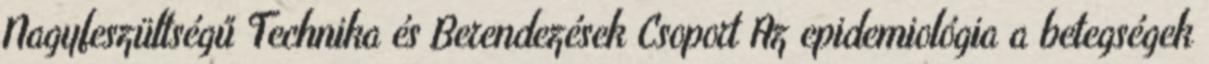
Nagyfeszültségű Technika és Berendezések Csoport Az epidemiológia a betegségek